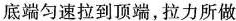
底端匀速拉到顶端，拉力所做